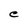
Character: e